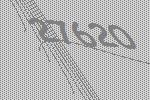
27620